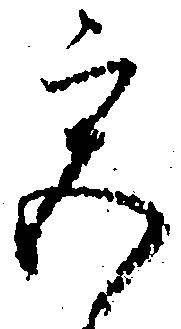
宮